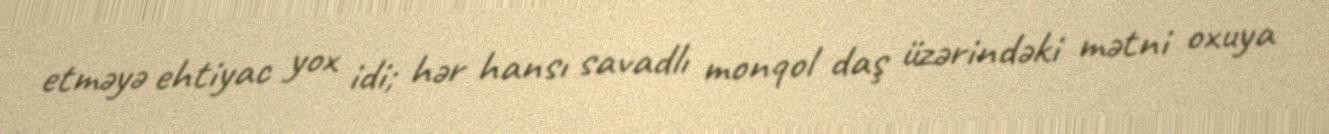
etməyə ehtiyac yox idi; hər hansı savadlı monqol daş üzərindəki mətni oxuya